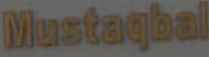
Mustaqbal